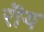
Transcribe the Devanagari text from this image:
रॊय